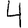
Digit: 4